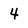
Character: 4